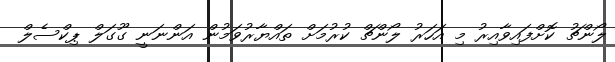
ލޯންޗު ކޮށްފައިވާއިރު މި އަހަރު ލޯންޗް ކުރުމަށް ތައްޔާރުވަމުން އަންނަނީ ގޫގަލް ޕިކްސެލް